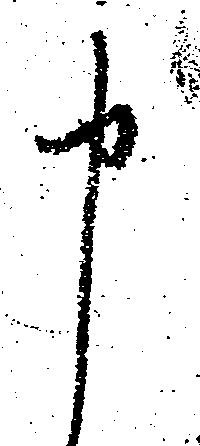
申